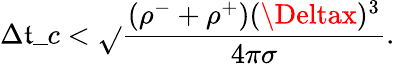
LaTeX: \Delta\mathfrak{t}\_ c<\sqrt{}{{\frac{{(\rho^{-}+\rho^{+})(\Deltax)^{3}}}{{4\pi\sigma}}}}.